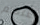
عنهم